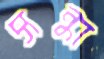
সন্ধা